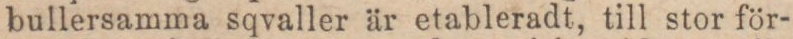
bullersamma sqvaller är etableradt, till stor för-